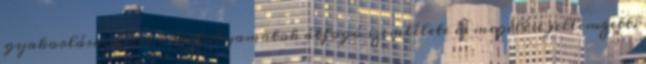
gyakorlása, amit a létfolyamatok átfogó szemlélete és megélése jellemzett.